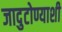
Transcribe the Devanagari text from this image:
जादुटोण्याशी